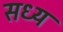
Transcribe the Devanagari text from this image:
सध्य